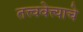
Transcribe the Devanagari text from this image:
तत्त्ववेत्त्याचे